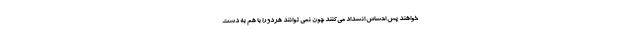
خواهند پس احساس انسداد می‌کنند چون نمی توانند هردو را با هم به دست